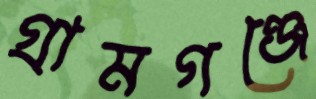
গ্রামগঞ্জে